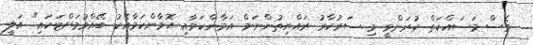
ވެސް މަސައްކަތް ކުރަންވީ މި ސަރުކާރު ރައްޔިތުންނަށް އަމާންކަމާއި އޮމާންކަމާއެކު ބޭއްވުމަށްޓަކައި" އަލީ